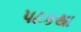
પટકથા